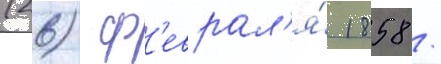
(26) ф'еврал'я́ 1858 /